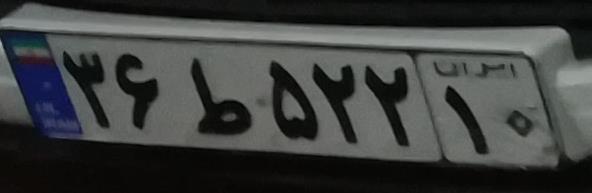
۳۶ط۵۲۲۱۰